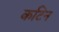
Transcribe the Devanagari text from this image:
कटिन